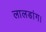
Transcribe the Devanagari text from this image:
लालडांग।